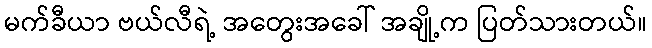
မက်ခီယာ ဗယ်လီရဲ့ အတွေးအခေါ် အချို့က ပြတ်သားတယ်။